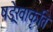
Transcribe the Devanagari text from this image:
षड्रेखाकृति